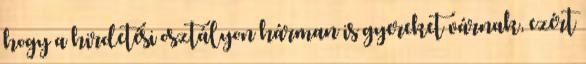
hogy a hirdetési osztályon hárman is gyereket várnak, ezért